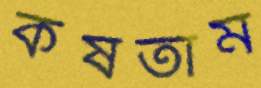
কষতাম